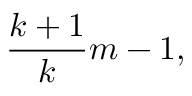
{ \frac { k + 1 } { k } } m - 1 ,